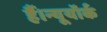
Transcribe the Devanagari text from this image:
हैं।न्यूयॉर्क